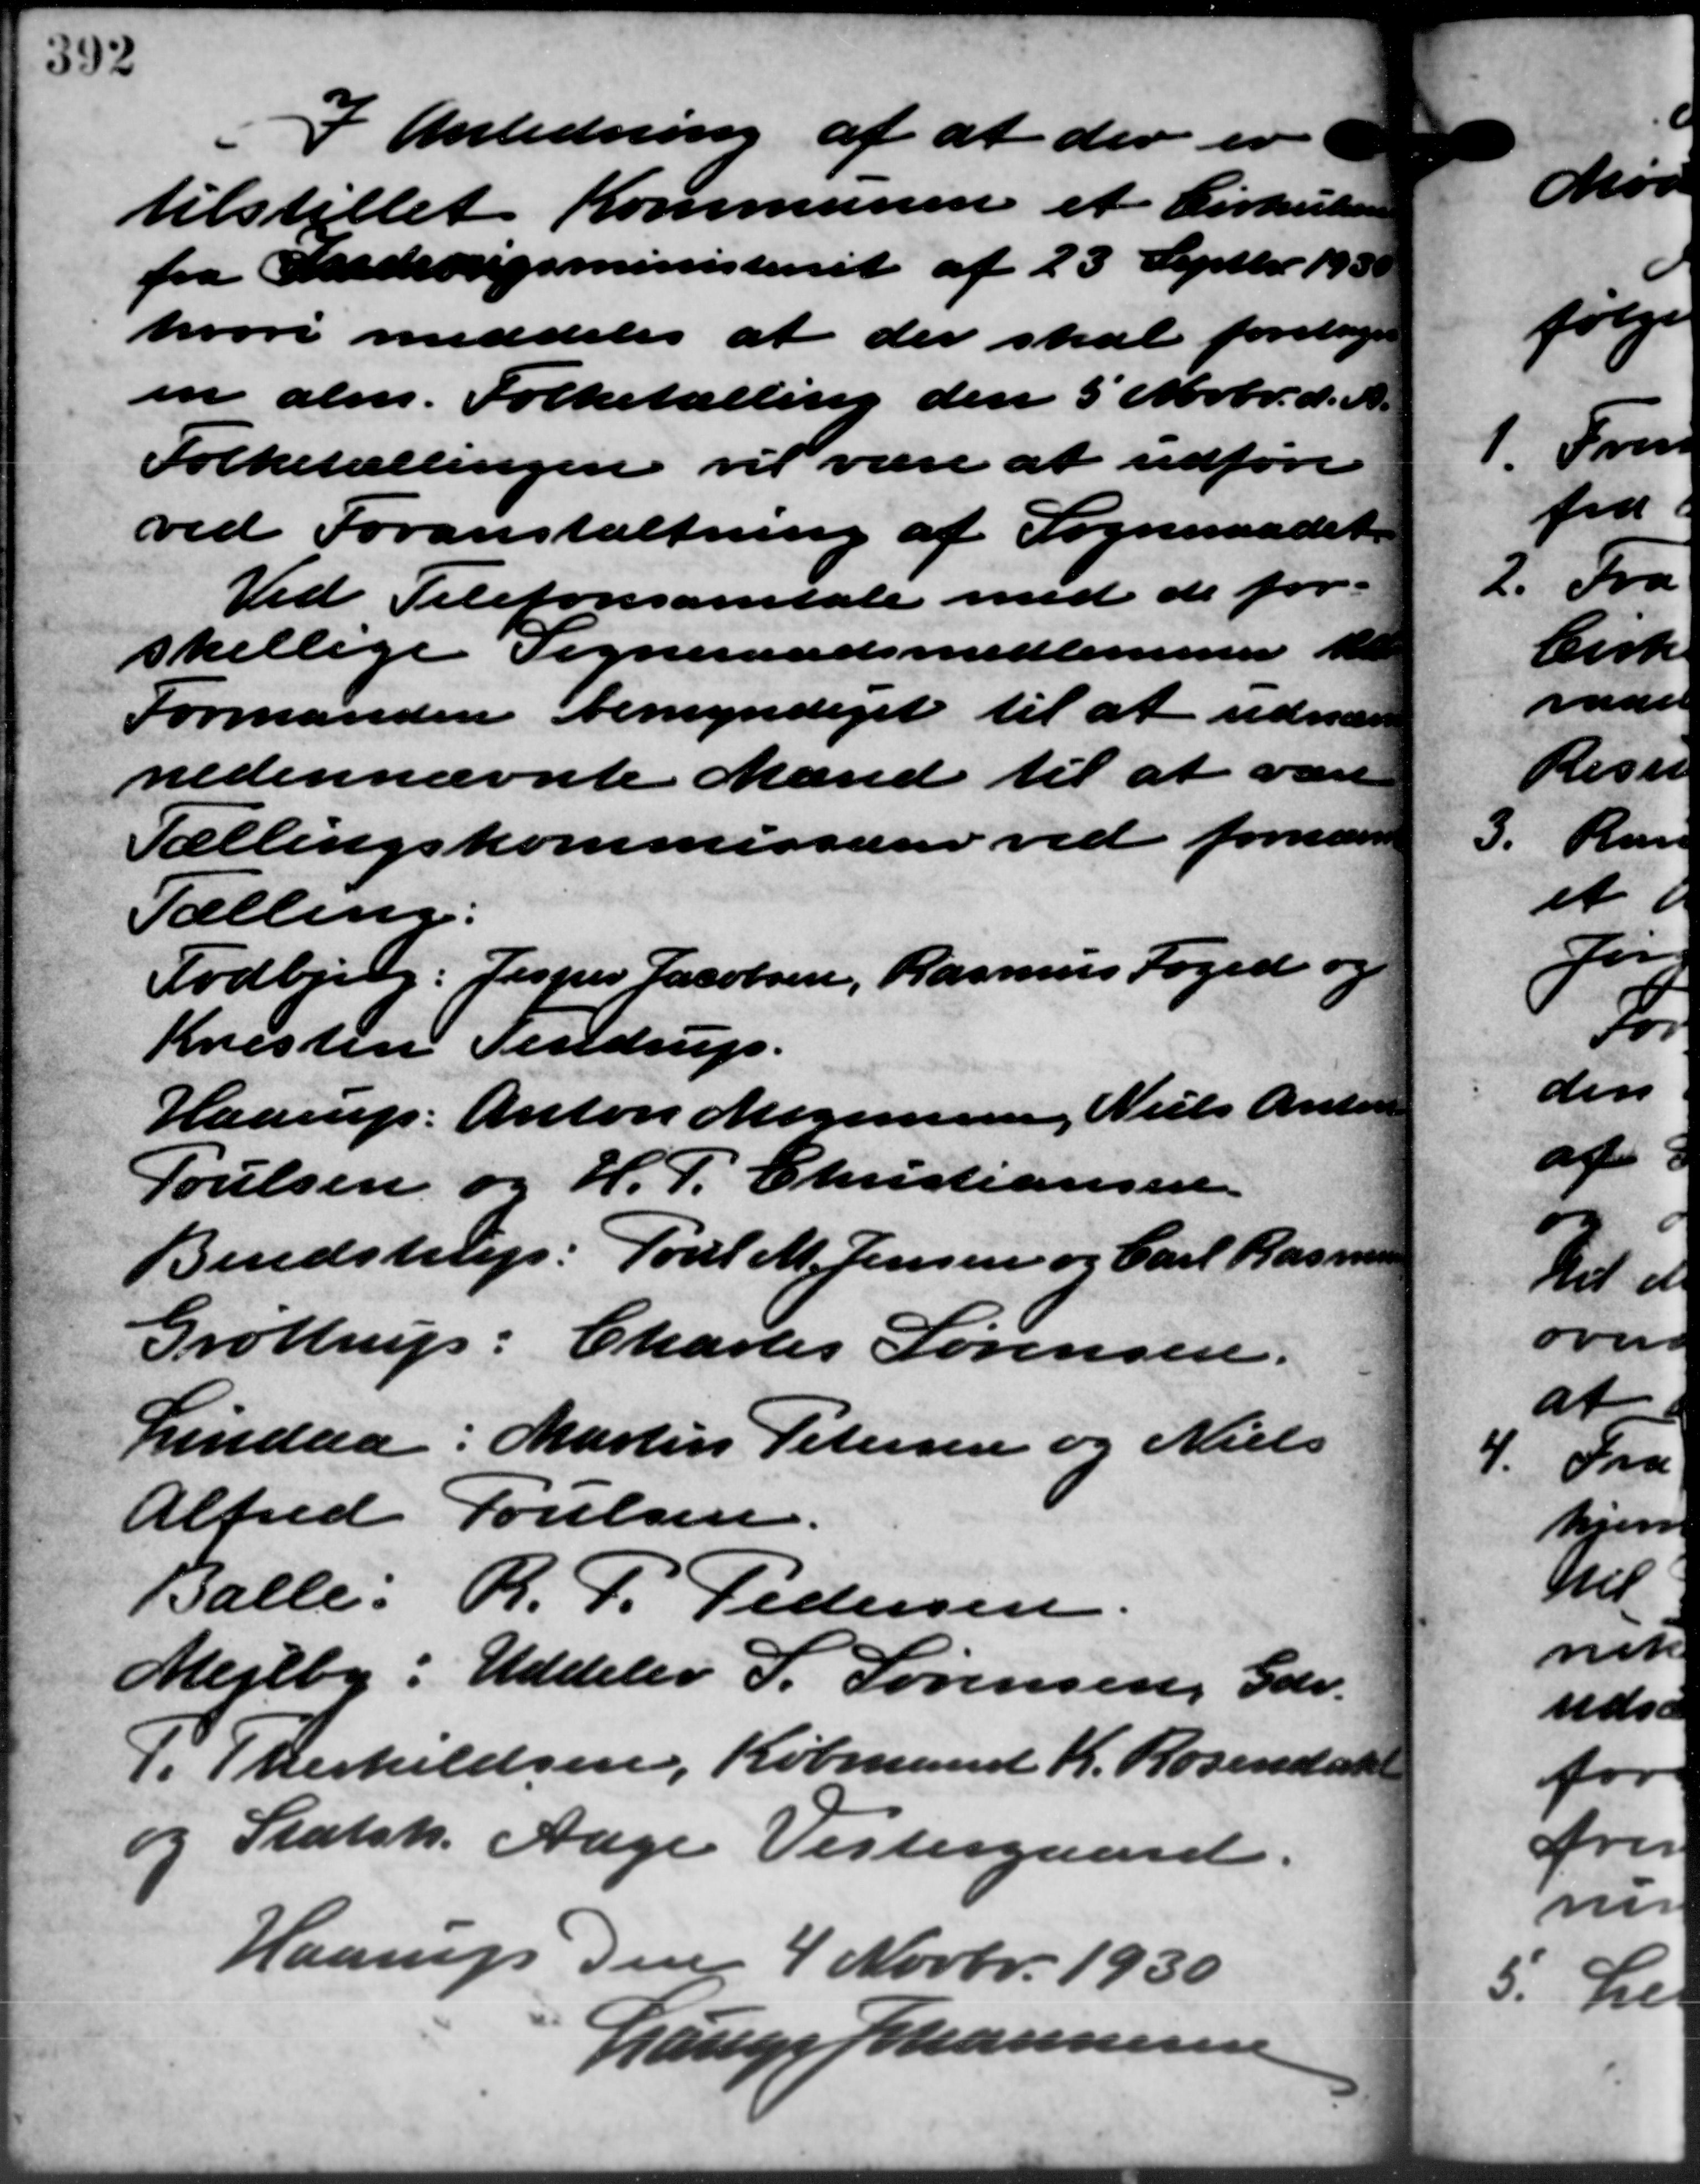
Transskription:
I Anledning af at der er
tilstillet Kommunen et Cirkulære
fra Indenrigsministeriet af 23 Septbr. 193
hvori meddeles at der skal foretages
en alm. Folketælling den 5 Novbr. d. A.
Folketællingen vil være at udføre
ved Foranstaltning af Sogneraadet
Ved Telefonsamtale med de for-
skellige Sogneraadsmedlemmer til
Formanden bemyndiget til at udnære
nedennævnte Mænd til at være
Tællingskommissærer ved fornævn
Tælling.
Todbjerg: Jesper Jacobsen, Rasmus Foged og
Kristen Tendrup.
Haarup: Anton Mogensen, Niels Andersen
Poulsen og H. P. Christiansen
Bendstrup: Poul M. Jensen og Carl Rasmusse
Grøttrup: Charles Sørensen.
Lindaa. Martin Petersen og Niels
Alfred Poulsen.
Balle. R. P. Pedersen
Mejlby: Uddeler S. Sørensen, Gdr.
J. Therkildsen, Købmand K. Rosendahl
og Statsh. Aage Vestergaard.
Haarup den 4 Novbr. 1930
Lauge Johannesen